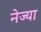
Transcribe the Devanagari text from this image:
नेज्या